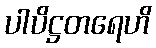
ပါပိဋ္ဌတရေဟိ